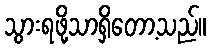
သွားရဖို့သာရှိတော့သည်။